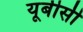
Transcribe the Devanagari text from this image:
यूबीसी